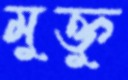
মুক্তু